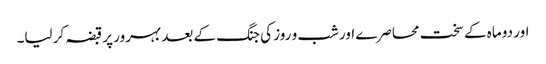
اور دو ماہ کے سخت محاصرے اور شب و روز کی جنگ کے بعد بہرور پر قبضہ کر لیا۔